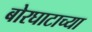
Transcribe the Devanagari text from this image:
बोरघाटाच्या